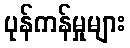
ပုန်ကန်မှုများ